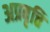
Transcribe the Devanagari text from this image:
अप्रवृत्ति